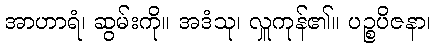
အာဟာရံ၊ ဆွမ်းကို။ အဒံသု၊ လှူကုန်၏။ ပဉ္စပိဇနာ၊